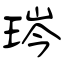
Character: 琌